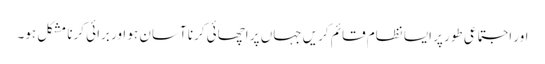
اور اجتماعی طور پر ایسا نظام قائم کریں جہاں پر اچھائی کرنا آسان ہو اور برائی کرنا مشکل ہو۔